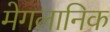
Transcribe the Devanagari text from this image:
मेगलानिक